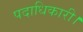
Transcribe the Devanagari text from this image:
पदाधिकारी।